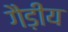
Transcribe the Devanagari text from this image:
गैड़ीय